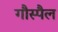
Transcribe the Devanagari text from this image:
गौस्पैल